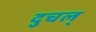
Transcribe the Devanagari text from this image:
दुचल्